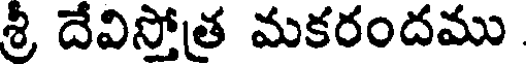
శ్రీ దేవిస్తోత మకరందము